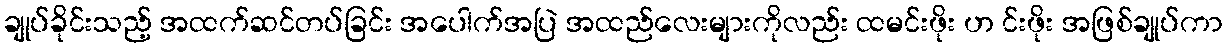
ချုပ်ခိုင်းသည့် အထက်ဆင်တပ်ခြင်း အပေါက်အပြဲ အထည်လေးများကိုလည်း ထမင်းဖိုး ဟ င်းဖိုး အဖြစ်ချုပ်ကာ